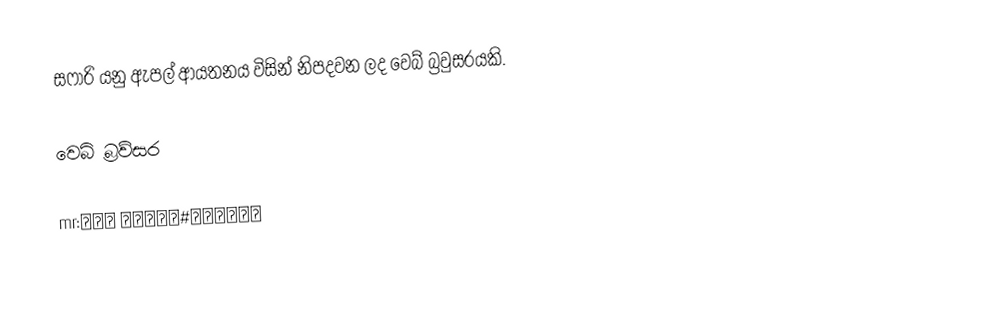
සෆාරි යනු ඇපල් ආයතනය විසින් නිපදවන ලද වෙබ් බ්‍රවුසරයකි.

වෙබ් බ්‍රව්සර

mr:ॲपल सफारी#मोबाइल